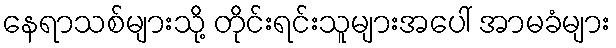
နေရာသစ်များသို့ တိုင်းရင်းသူများအပေါ် အာမခံများ